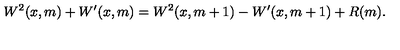
W ^ { 2 } ( x , m ) + W ^ { \prime } ( x , m ) = W ^ { 2 } ( x , m + 1 ) - W ^ { \prime } ( x , m + 1 ) + R ( m ) .